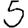
Digit: 5